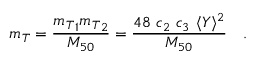
m _ { T } = \frac { { { m _ { T } } _ { 1 } } { { m _ { T } } _ { 2 } } } { M _ { 5 0 } } = \frac { 4 8 ~ c _ { 2 } ~ c _ { 3 } ~ \langle Y \rangle ^ { 2 } } { M _ { 5 0 } } ~ ~ ~ .